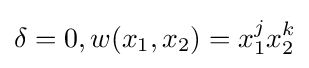
\delta =0,w(x_{1},x_{2})=x_{1}^{j}x_{2}^{k}